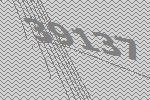
39137